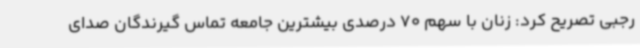
رجبی تصریح کرد: زنان با سهم 70 درصدی بیشترین جامعه تماس گیرندگان صدای